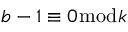
b - 1 \equiv 0 { \bmod { k } }